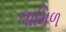
તામિળ